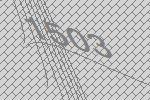
1503